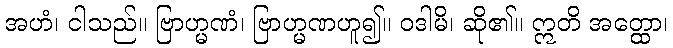
အဟံ၊ ငါသည်။ ဗြာဟ္မဏံ၊ ဗြာဟ္မဏဟူ၍။ ဝဒါမိ၊ ဆို၏။ ဣတိ အတ္ထော၊